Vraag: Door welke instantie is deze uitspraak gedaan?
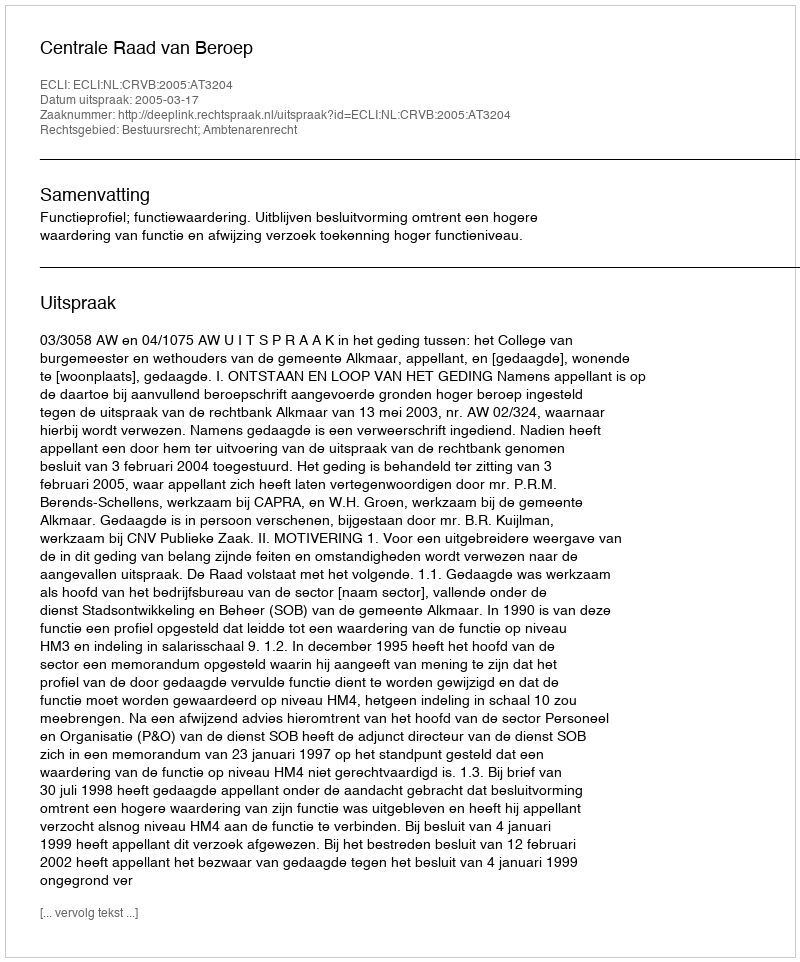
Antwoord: Centrale Raad van Beroep